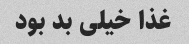
غذا خیلی بد بود